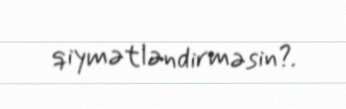
qiymətləndirməsin?.